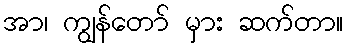
အာ၊ ကျွန်တော် မှား ဆက်တာ။